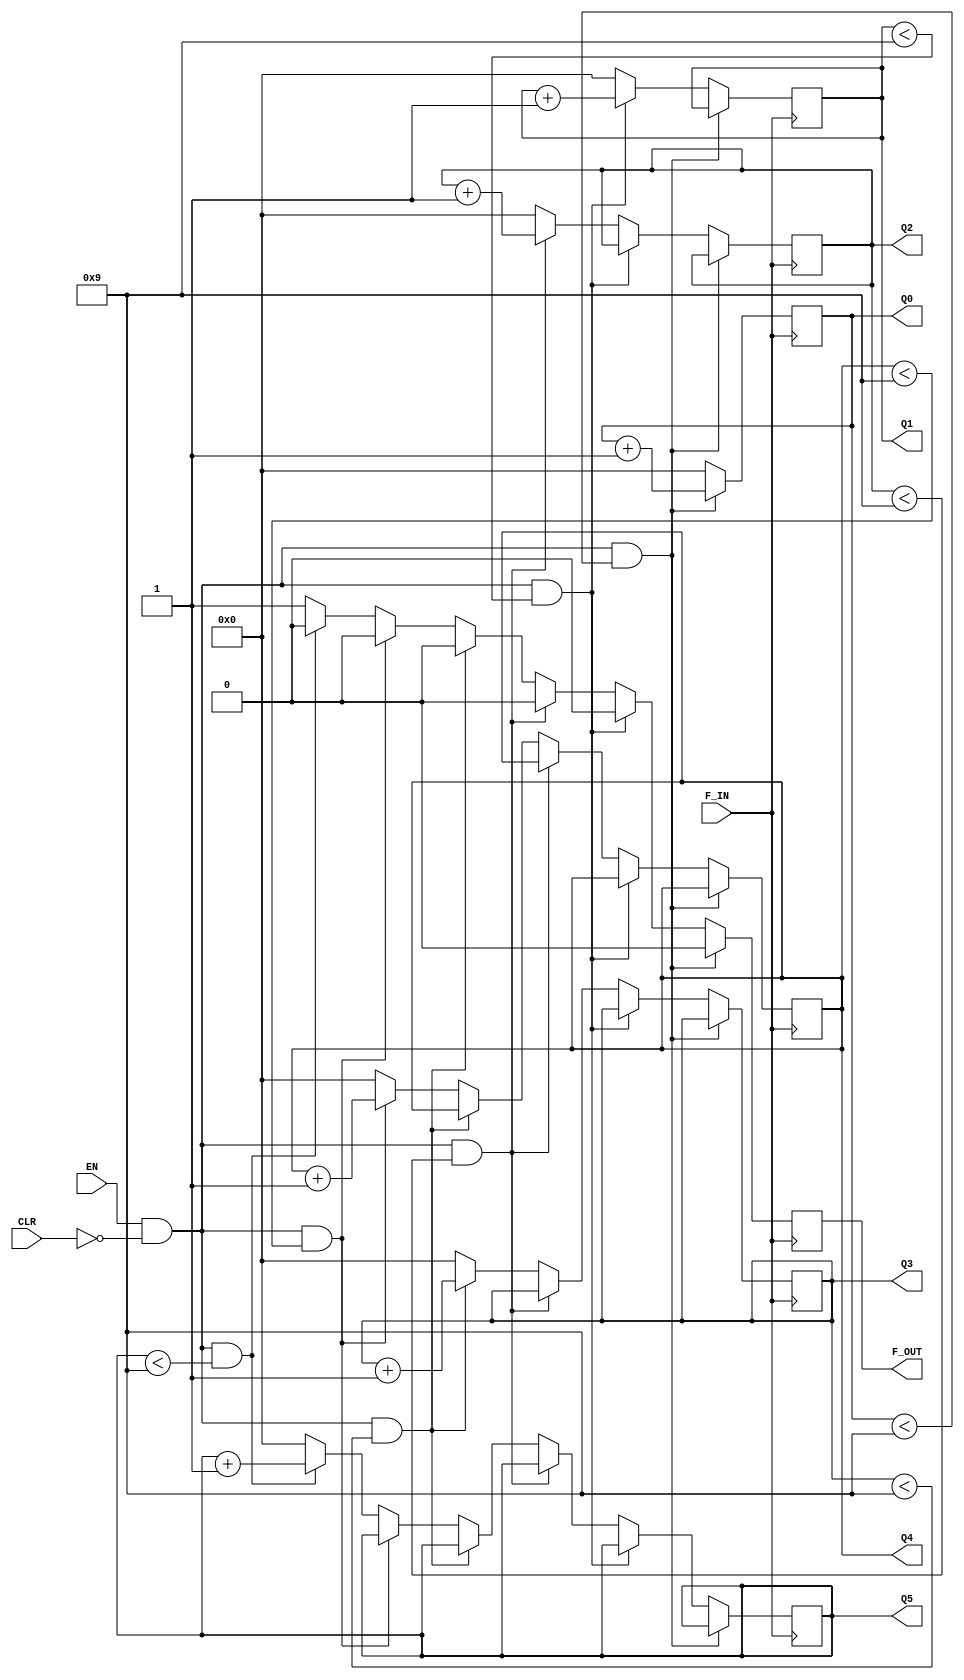
module counter(EN,CLR,F_IN,F_OUT,Q0,Q1,Q2,Q3,Q4,Q5);

output [3:0] Q5,Q4,Q3,Q2,Q1,Q0;
output F_OUT;
input  EN;
input  CLR;
input  F_IN;

reg [3:0] Q5,Q4,Q3,Q2,Q1,Q0;
reg F_OUT;

reg F_out0,F_out1,F_out2,F_out3,F_out4;

initial 
begin
  F_OUT <= 1'b0;
end

always @(posedge F_IN)
begin
  F_OUT <= 1'b0;
  if((EN == 1'b1)&&(CLR == 1'b0)&&(Q0 < 4'b1001))
  begin
    Q0 <= Q0 + 4'b0001;
	F_OUT <= 1'b0;
  end
  else
  begin
	Q0 <= 4'b0000;
	if((EN == 1'b1)&&(CLR == 1'b0)&&(Q1 < 4'b1001))
	begin
	  Q1 <= Q1 + 4'b0001;
	  F_OUT <= 1'b0;
	end
	else
	begin
	  Q1 <= 4'b0000;
	  if((EN == 1'b1)&&(CLR == 1'b0)&&(Q2 < 4'b1001))
	  begin  
	    Q2 <= Q2 + 4'b0001;
	    F_OUT <= 1'b0;
	  end
	  else
	  begin
		Q2 <= 4'b0000;
		if((EN == 1'b1)&&(CLR == 1'b0)&&(Q3 < 4'b1001))
		begin  
		  Q3 <= Q3 + 4'b0001;
		  F_OUT <= 1'b0;
		end
		else
		begin
		  Q3 <= 4'b0000;
		  if((EN == 1'b1)&&(CLR == 1'b0)&&(Q4 < 4'b1001))
		  begin  
		    Q4 <= Q4 + 4'b0001;
		    F_OUT <= 1'b0;
		  end
		  else
		  begin
		    Q4 <= 4'b0000;
		    if((EN == 1'b1)&&(CLR == 1'b0)&&(Q5 < 4'b1001))
		    begin  
		      Q5 <= Q5 + 4'b0001;
		      F_OUT <= 1'b0;
		    end
		    else
		    begin
		      Q5 <= 4'b0000;
			  F_OUT <= 1'b1;
            end
          end
        end
      end
    end
  end
end
endmodule